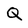
Character: Q